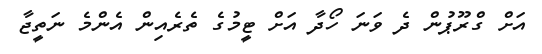
އަށް ގްރޫޕުން ދެ ވަނަ ހޯދާ އަށް ޓީމުގެ ތެރެއިން އެންމެ ނަތީޖާ